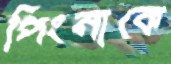
পিংনাকে